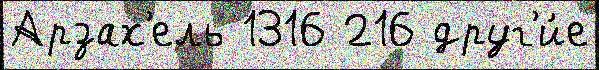
Арзах'ель 1316 216 друг'и́е